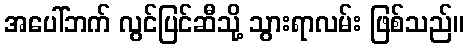
အပေါ်ဘက် လွင်ပြင်ဆီသို့ သွားရာလမ်း ဖြစ်သည်။